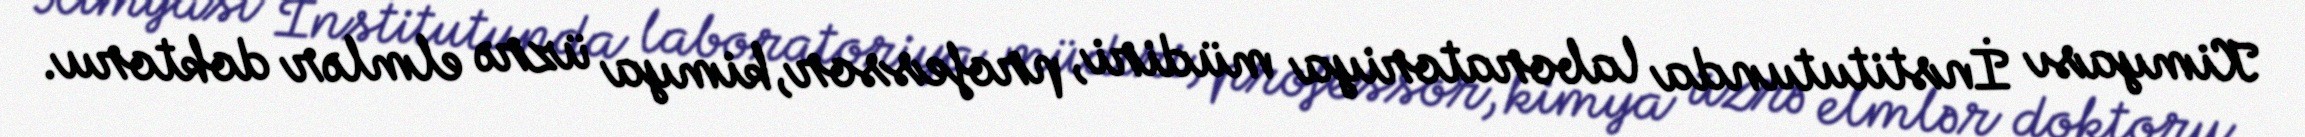
Kimyası İnstitutunda laboratoriya müdiri, professor, kimya üzrə elmlər doktoru.